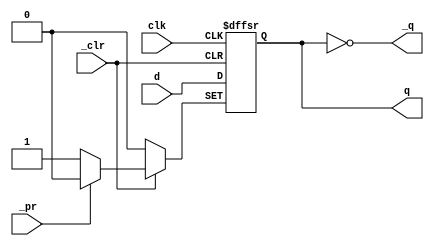
/*
  MIT License

  Copyright (c) 2019 Richard Eng

  Permission is hereby granted, free of charge, to any person obtaining a copy
  of this software and associated documentation files (the "Software"), to deal
  in the Software without restriction, including without limitation the rights
  to use, copy, modify, merge, publish, distribute, sublicense, and/or sell
  copies of the Software, and to permit persons to whom the Software is
  furnished to do so, subject to the following conditions:

  The above copyright notice and this permission notice shall be included in all
  copies or substantial portions of the Software.

  THE SOFTWARE IS PROVIDED "AS IS", WITHOUT WARRANTY OF ANY KIND, EXPRESS OR
  IMPLIED, INCLUDING BUT NOT LIMITED TO THE WARRANTIES OF MERCHANTABILITY,
  FITNESS FOR A PARTICULAR PURPOSE AND NONINFRINGEMENT. IN NO EVENT SHALL THE
  AUTHORS OR COPYRIGHT HOLDERS BE LIABLE FOR ANY CLAIM, DAMAGES OR OTHER
  LIABILITY, WHETHER IN AN ACTION OF CONTRACT, TORT OR OTHERWISE, ARISING FROM,
  OUT OF OR IN CONNECTION WITH THE SOFTWARE OR THE USE OR OTHER DEALINGS IN THE
  SOFTWARE.
*/

/*
  74LS74
  ------
  Dual Positive-Edge-Triggered D Flip-Flops with
  Preset, Clear and Complementary Outputs

  Pinout
  ------
          _______
         |       |
  _clr1 -| 1  14 |- VCC
     d1 -| 2  13 |- _clr2
   clk1 -| 3  12 |- d2
   _pr1 -| 4  11 |- clk2
     q1 -| 5  10 |- _pr2
    _q1 -| 6   9 |- q2
    GND -| 7   8 |- _q2
         |_______|
*/
`default_nettype none

module ls74
(
    input wire  clk, d, _clr, _pr,
    output reg  q,
    output wire _q
);

initial begin
  q = 1'b0;
end

always @(posedge clk or negedge _clr or negedge _pr) begin
    if (_clr == 1'b0) begin
      q <= 1'b0;
    end else if (_pr == 1'b0) begin
      q <= 1'b1;
    end else begin
      q <= d;
    end
end

assign _q = ~q;

endmodule